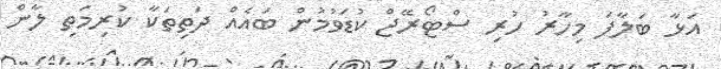
އަޅާ ބަލާފަ މިހާރު ހުރި ސްޓޯރޭޖް ކުޑަވުމުން ބައެއް ދަތިތަކާ ކުރިމަތި ލާން